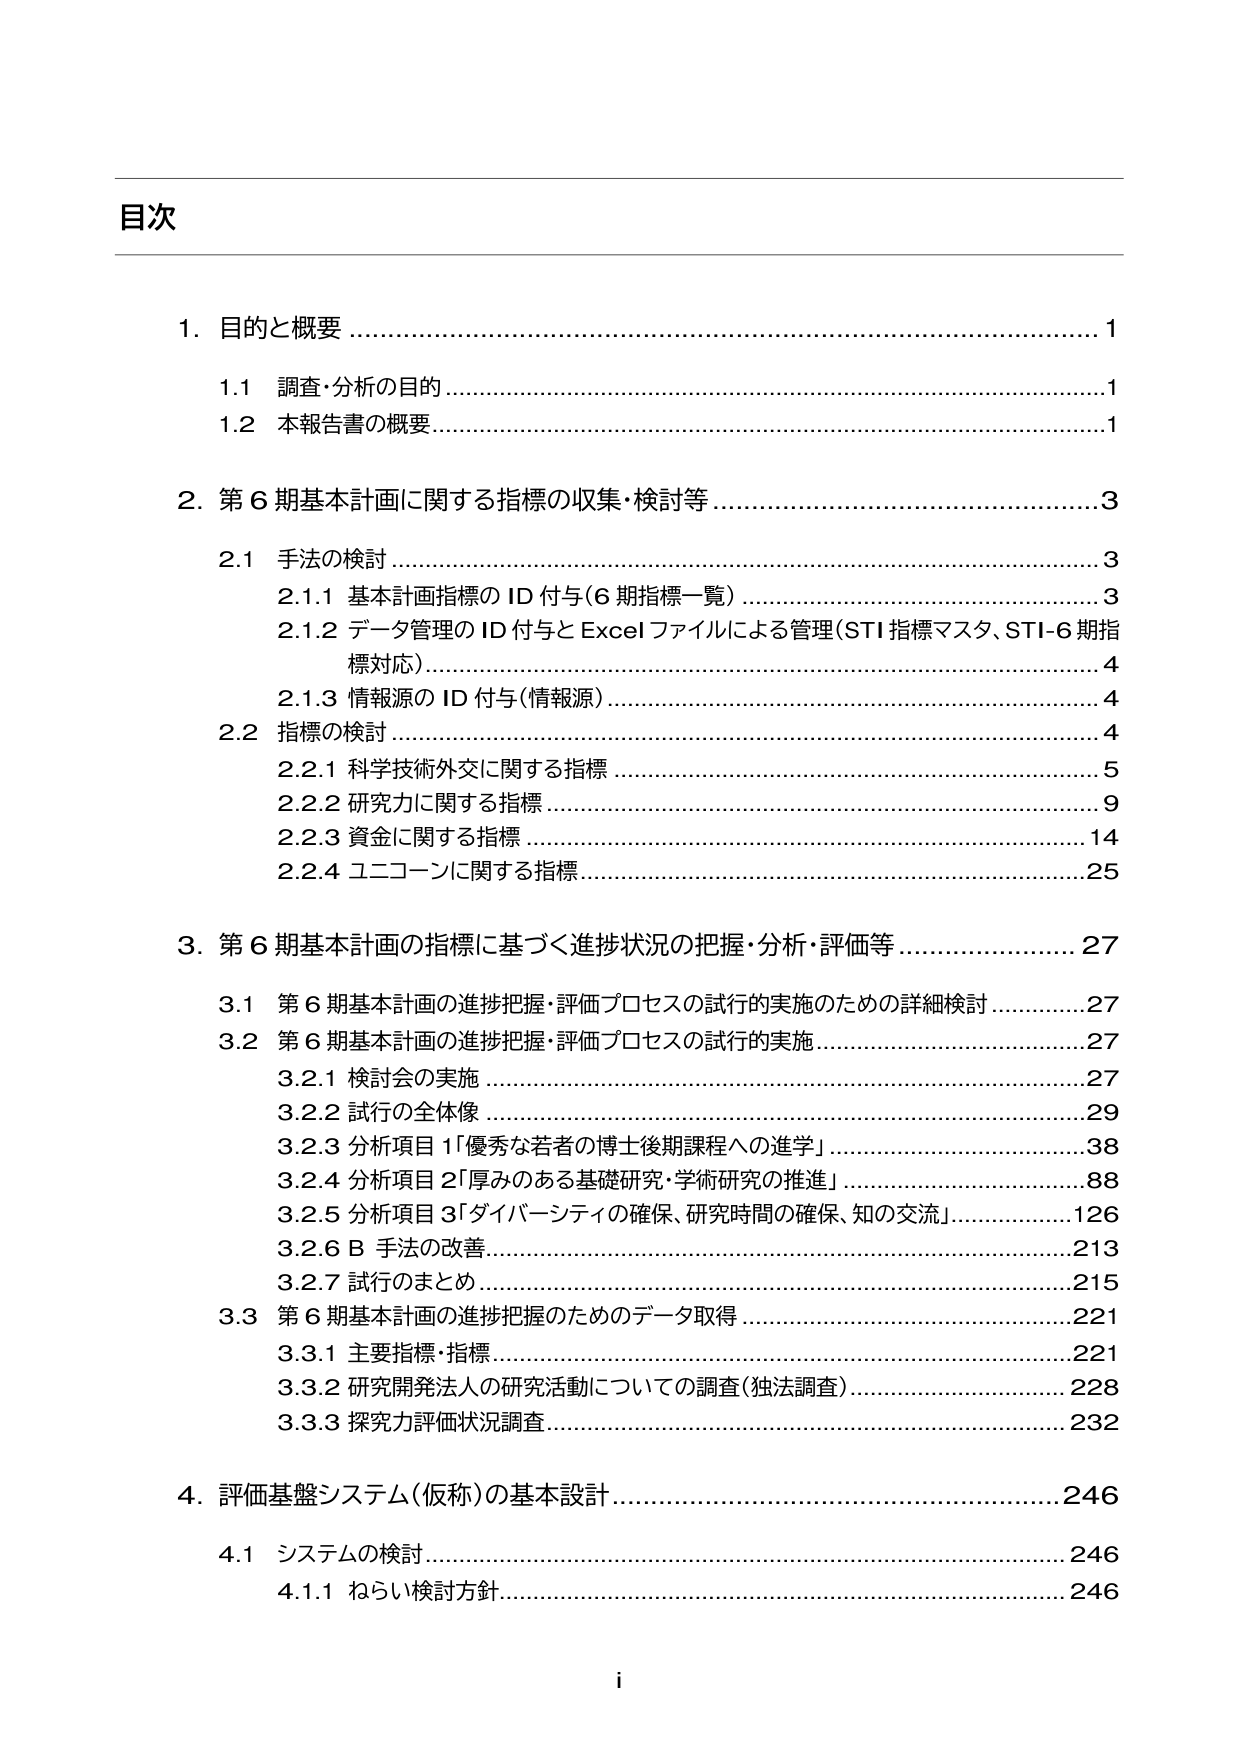
目次

1. 目的と概要 ………………………………………………………………………… 1
　1.1 調査・分析の目的 ……………………………………………………………… 1
　1.2 本報告書の概要 ……………………………………………………………… 1

2. 第6期基本計画に関する指標の収集・検討等 ………………………………… 3
　2.1 手法の検討 …………………………………………………………………… 3
　　2.1.1 基本計画指標のID付与（6期指標一覧） ……………………………… 3
　　2.1.2 データ管理のID付与とExcelファイルによる管理（STI指標マスタ、STI-6期指標対応） ………………………………………………………………………… 4
　　2.1.3 情報源のID付与（情報源） ……………………………………………… 4
　2.2 指標の検討 …………………………………………………………………… 4
　　2.2.1 科学技術外交に関する指標 ……………………………………………… 5
　　2.2.2 研究力に関する指標 ……………………………………………………… 9
　　2.2.3 資金に関する指標 ………………………………………………………… 14
　　2.2.4 ユニコーンに関する指標 ………………………………………………… 25

3. 第6期基本計画の指標に基づく進捗状況の把握・分析・評価等 …………… 27
　3.1 第6期基本計画の進捗把握・評価プロセスの試行の実施のための詳細検討 … 27
　3.2 第6期基本計画の進捗把握・評価プロセスの試行の実施 …………………… 27
　　3.2.1 検討会の実施 ……………………………………………………………… 27
　　3.2.2 試行の全体像 ……………………………………………………………… 29
　　3.2.3 分析項目1「優秀な若者の博士後期課程への進学」 …………………… 38
　　3.2.4 分析項目2「厚みのある基礎研究・学術研究の推進」 ………………… 88
　　3.2.5 分析項目3「ダイバーシティの確保、研究時間の確保、知の交流」 … 126
　　3.2.6 B 手法の改善 ……………………………………………………………… 213
　　3.2.7 試行のまとめ ……………………………………………………………… 215
　3.3 第6期基本計画の進捗把握のためのデータ取得 …………………………… 221
　　3.3.1 主要指標・指標 …………………………………………………………… 221
　　3.3.2 研究開発法人の研究活動についての調査（独法調査） ……………… 228
　　3.3.3 探究力評価状況調査 ……………………………………………………… 232

4. 評価基盤システム（仮称）の基本設計 ………………………………………… 246
　4.1 システムの検討 ……………………………………………………………… 246
　　4.1.1 ねらい検討方針 …………………………………………………………… 246

i